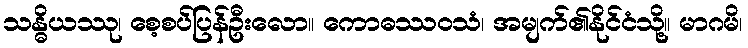
သန္ဓိယဿု၊ စေ့စပ်ပြန်ဦးလော။ ကောဓဿဝသံ၊ အမျက်၏နိုင်ငံသို့။ မာဂမိ၊